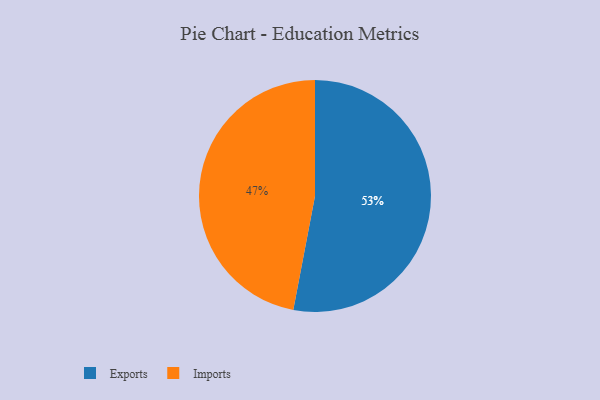
{"axis": {"x": "Category", "y": "Percentage"}, "legend": ["Exports", "Imports"], "data": [{"x": "Imports", "y": 47, "type": "Imports"}, {"x": "Exports", "y": 53, "type": "Exports"}]}